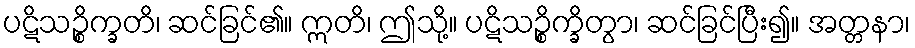
ပဋိသဉ္စိက္ခတိ၊ ဆင်ခြင်၏။ ဣတိ၊ ဤသို့။ ပဋိသဉ္စိက္ခိတွာ၊ ဆင်ခြင်ပြီး၍။ အတ္တနာ၊